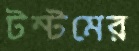
টম্টমের